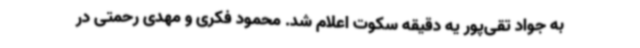
به جواد تقی‌پور یه دقیقه سکوت اعلام شد. محمود فکری و مهدی رحمتی در